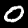
Label: 0